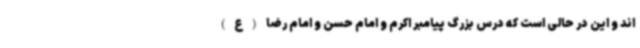
اند و این در حالی است که درس بزرگ پیامبر اکرم و امام حسن و امام رضا(ع)